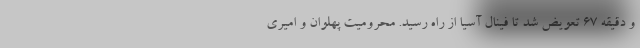
و دقیقه ۶۷ تعویض شد تا فینال آسیا از راه رسید. محرومیت پهلوان و امیری